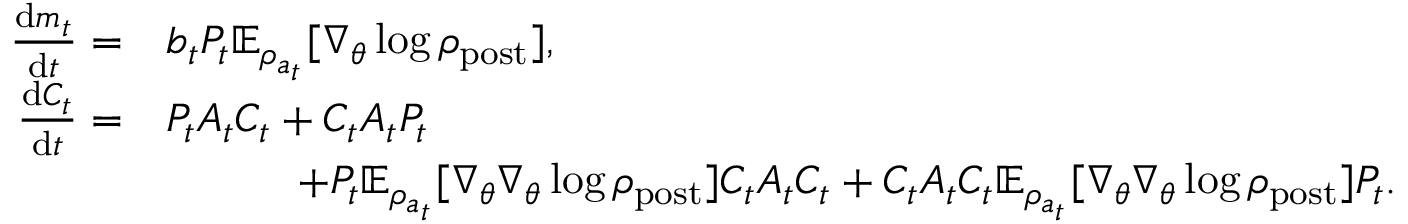
\begin{array} { r l } { \frac { \mathrm { d } m _ { t } } { \mathrm { d } t } = } & { b _ { t } P _ { t } \mathbb { E } _ { \rho _ { a _ { t } } } [ \nabla _ { \theta } \log \rho _ { \mathrm { p o s t } } ] , } \\ { \frac { \mathrm { d } C _ { t } } { \mathrm { d } t } = } & { P _ { t } A _ { t } C _ { t } + C _ { t } A _ { t } P _ { t } } \\ & { \quad \quad \quad + P _ { t } \mathbb { E } _ { \rho _ { a _ { t } } } [ \nabla _ { \theta } \nabla _ { \theta } \log \rho _ { \mathrm { p o s t } } ] C _ { t } A _ { t } C _ { t } + C _ { t } A _ { t } C _ { t } \mathbb { E } _ { \rho _ { a _ { t } } } [ \nabla _ { \theta } \nabla _ { \theta } \log \rho _ { \mathrm { p o s t } } ] P _ { t } . } \end{array}